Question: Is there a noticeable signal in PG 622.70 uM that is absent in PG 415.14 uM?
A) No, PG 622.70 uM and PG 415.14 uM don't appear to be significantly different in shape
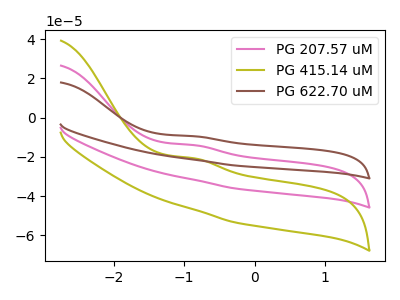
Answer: <think>The pink curve "PG 207.57 uM" has an anodic peak at: (-0.85V, -14.00uA). The olive curve "PG 415.14 uM" has an anodic peak at: (-0.85V, -20.70uA). The brown curve "PG 622.70 uM" has an anodic peak at: (-0.85V, -28.00uA).
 All the peaks in "PG 622.70 uM" have a peak in "PG 415.14 uM" at the same potential. Every peak in "PG 622.70 uM" is lower than every peak in "PG 415.14 uM".</think>
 <answer>A) No, "PG 622.70 uM" and "PG 415.14 uM" don't appear to be significantly different in shape</answer>
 <eval>A</eval>